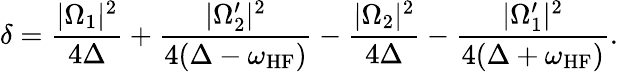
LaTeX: \delta=\frac{|\Omega_{1}|^{2}}{4\Delta}+\frac{|\Omega_{2}^{\prime}|^{2}}{4(\Delta-\omega_{\mathrm{HF}})}-\frac{|\Omega_{2}|^{2}}{4\Delta}-\frac{|\Omega_{1}^{\prime}|^{2}}{4(\Delta+\omega_{\mathrm{HF}})}.